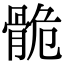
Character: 𩨾